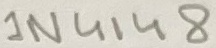
Text: 1N4148